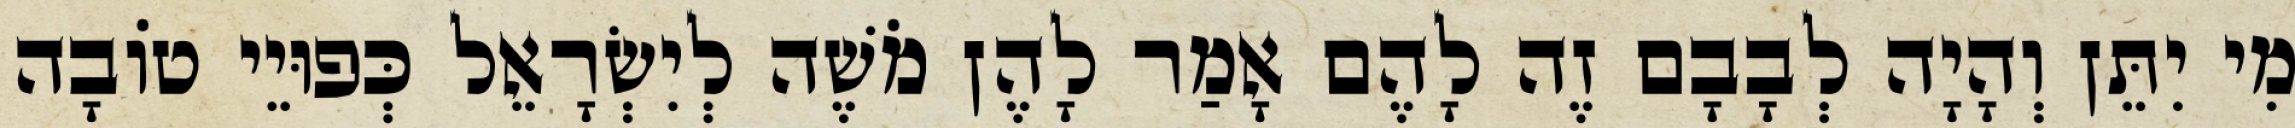
מִי יִתֵּן וְהָיָה לְבָבָם זֶה לָהֶם אָמַר לָהֶן מֹשֶׁה לְיִשְׂרָאֵל כְּפוּיֵי טוֹבָה